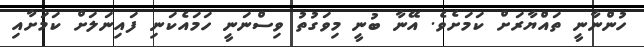
ހުންނާނީ ތައްޔާރަށް ކަމަށެވެ. އޭނާ ބުނީ މިވަގުތު ވިސްނަނީ ހަމައެކަނި ފައިނަލަށް ކަމަށާއި